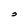
Character: S